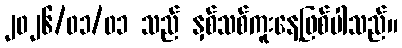
၂၀၂၆/၀၁/၀၁ သည် နှစ်သစ်ကူးနေ့ဖြစ်ပါသည်။